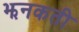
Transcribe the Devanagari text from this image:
झनकती